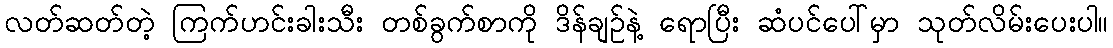
လတ်ဆတ်တဲ့ ကြက်ဟင်းခါးသီး တစ်ခွက်စာကို ဒိန်ချဉ်နဲ့ ရောပြီး ဆံပင်ပေါ်မှာ သုတ်လိမ်းပေးပါ။